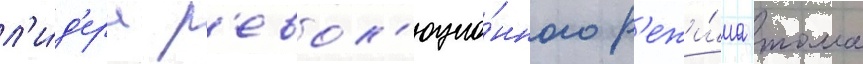
л'и́д'ера р'евол'юцио́нного р'ежи́ма тома